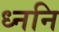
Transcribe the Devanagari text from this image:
ध्ननि